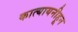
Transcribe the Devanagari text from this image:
कात्यायनीहून